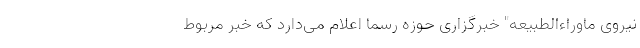
نیروی ماوراء‌الطبیعه" خبرگزاری حوزه رسما اعلام می‌دارد که خبر مربوط